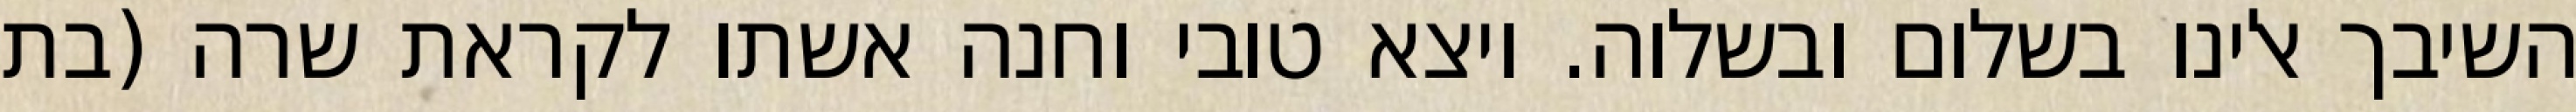
השיבך אלינו בשלום ובשלוה. ויצא טובי וחנה אשתו לקראת שרה (בת